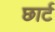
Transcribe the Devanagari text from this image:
छार्ट